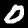
Label: 0